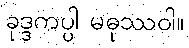
ခုဒ္ဒကပ္ပါ မဓုဿဝါ။